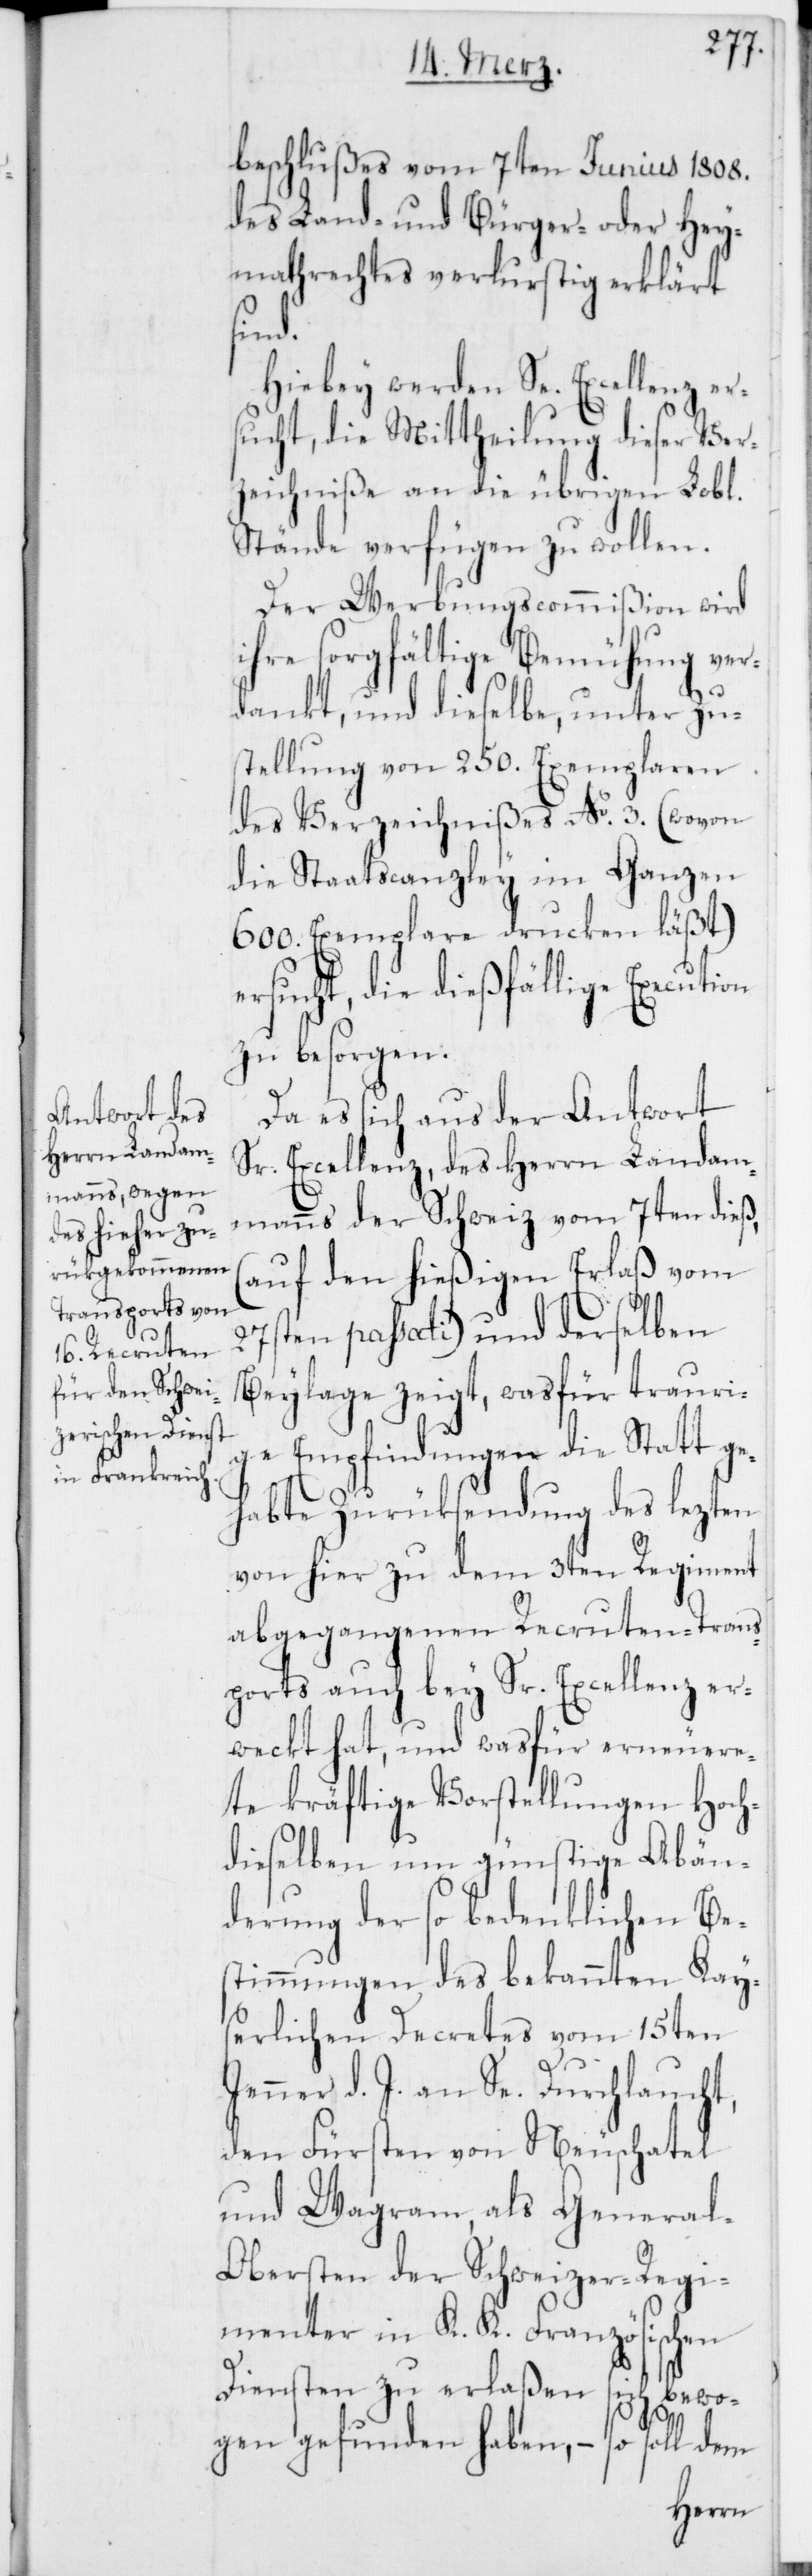
beschlußes vom 7ten Junius 1808.
des Land- und Bürger- oder Hey¬
mathrechtes verlustig erklärt
sind.
Hiebey werden Se. Excellenz er¬
sucht, die Mittheilung dieser Ver¬
zeichniße an die übrigen Lob[li¬
Stände verfügen zu wollen.
Der Werbungscommißion wird
ihre sorgfältige Bemühung ver¬
on
dankt, und dieselbe, unter Zu¬
stellung von 250. Exemplaren
des Verzeichnißes No. 3. (wovon
die Staatscanzley im Ganzen
600. Exemplare drucken läßt)
ersucht, die dießfällige Executi¬
zu besorgen.
Da es sich aus der Antwort
Sr. Excellenz, des Herrn Landam¬
manns der Schweiz vom 7ten dieß,
(auf den hießigen Erlaß vom
27sten passati) und derselben
Beylage zeigt, was für trauri¬
ge Empfindungen die Statt ge¬
habte Zurüksendung des lezten
von hier zu dem 3ten Regiment
abgegangenen Recruten-Trans¬
ports auch bey Sr. Excellenz er¬
weckt hat, und was für erneuere¬
te kräftige Vorstellungen Hoch¬
dieselben um günstige Abän¬
derung der so bedenklichen Bes¬
timmungen des bekannten Kay¬
serlichen Decrets vom 15ten
Jenner d. J. an Se. Durchlaucht,
den Fürsten von Neuchatel
und Wagram, als Genera¬
l-Obersten der Schweizer-Regi¬
menter in K. K. Französischen
Diensten zu erlaßen
sich bewo¬
gen gefunden haben, – so soll dem